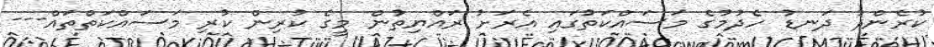
ކުރެންދު ދަނޑު ހެދުމުގެ މަސައްކަތުގައި އެރަށު ރައްޔިތުން މީގެ ކުރިން ކުރި މަސައްކަތްތައް---